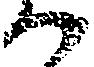
ハ